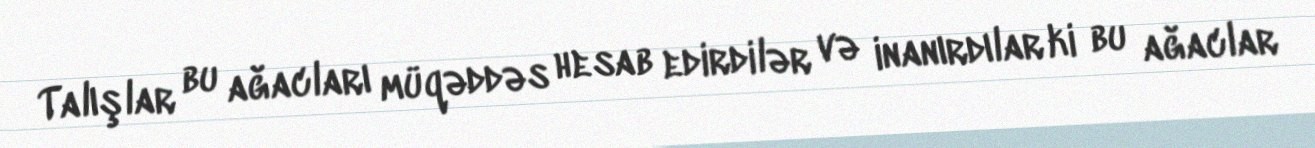
Talışlar bu ağacları müqəddəs hesab edirdilər və inanırdılar ki bu ağaclar